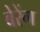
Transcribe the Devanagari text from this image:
बेरेंग